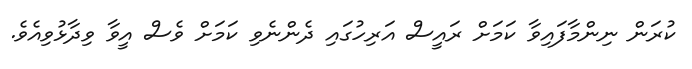
ކުރަން ނިންމާފައިވާ ކަމަށް ރައީސް އަރިހުގައި ދެންނެވި ކަމަށް ވެސް އީވާ ވިދާޅުވިއެވެ.